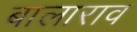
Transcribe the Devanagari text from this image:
बालाराव